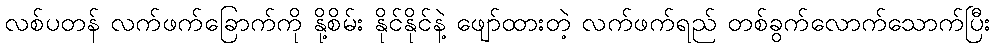
လစ်ပတန် လက်ဖက်ခြောက်ကို နို့စိမ်း နိုင်နိုင်နဲ့ ဖျော်ထားတဲ့ လက်ဖက်ရည် တစ်ခွက်လောက်သောက်ပြီး